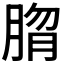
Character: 𰮱